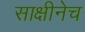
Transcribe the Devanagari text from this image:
साक्षीनेच